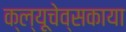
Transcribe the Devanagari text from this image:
क्ल्यूचेव्सकाया